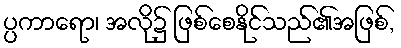
ပ္ပကာရော၊ အလို၌ ဖြစ်စေနိုင်သည်၏အဖြစ်,